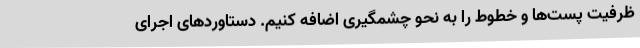
ظرفیت پست‌ها و خطوط را به نحو چشمگیری اضافه کنیم. دستاوردهای اجرای